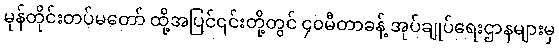
မုန်တိုင်းတပ်မတော် ထို့အပြင်၎င်းတို့တွင် ၄၀မီတာခန့် အုပ်ချုပ်ရေးဌာနများမှ